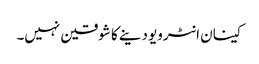
کینان انٹرویو دینے کا شوقین نہیں۔